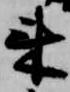
来